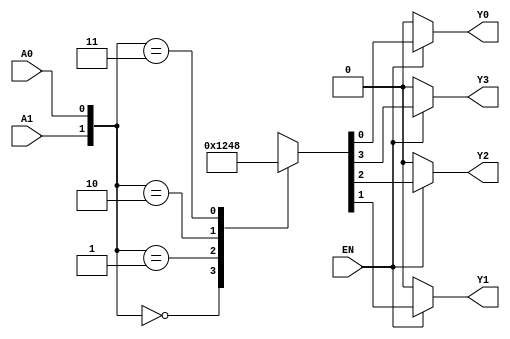
module decoder2to4 (
    input A0,
    input A1,
    input EN,
    output reg Y0,
    output reg Y1,
    output reg Y2,
    output reg Y3
);
    always @(*) begin
        if (EN) begin
            case ({A1, A0})
                2'b00: {Y3, Y2, Y1, Y0} = 4'b0001;
                2'b01: {Y3, Y2, Y1, Y0} = 4'b0010;
                2'b10: {Y3, Y2, Y1, Y0} = 4'b0100;
                2'b11: {Y3, Y2, Y1, Y0} = 4'b1000;
                default: {Y3, Y2, Y1, Y0} = 4'b0000;
            endcase
        end else begin
            {Y3, Y2, Y1, Y0} = 4'b0000;
        end
    end
endmodule